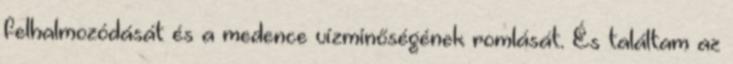
felhalmozódását és a medence vízminőségének romlását. És találtam az